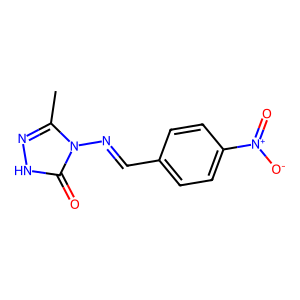
SMILES: Cc1n[nH]c(=O)n1N=Cc1ccc([N+](=O)[O-])cc1
Inhibits HIV replication: No